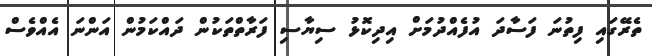
ތެރޭގައި ފިތުނަ ފަސާދަ އުފެއްދުމަށް އިދިކޮޅު ސިޔާސި ފަރާތްތަކުން ދައްކަމުން އަންނަ އެއްވެސް